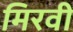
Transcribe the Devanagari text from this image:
मिरवी